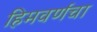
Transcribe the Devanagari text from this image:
हिमवर्णचा